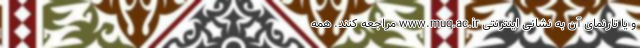
و یا تارنمای آن به نشانی اینترنتی www.muq.ac.ir مراجعه کنند. همه